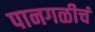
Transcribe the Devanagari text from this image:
पानगळीचं